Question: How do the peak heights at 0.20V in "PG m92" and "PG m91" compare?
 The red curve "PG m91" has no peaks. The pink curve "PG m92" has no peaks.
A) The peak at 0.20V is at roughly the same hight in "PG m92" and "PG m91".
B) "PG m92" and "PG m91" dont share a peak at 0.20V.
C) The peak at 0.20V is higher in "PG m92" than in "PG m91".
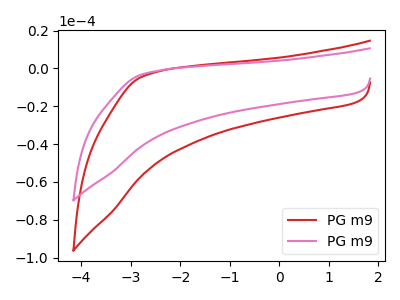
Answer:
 <answer>B) "PG m92" and "PG m91" dont share a peak at 0.20V.</answer>
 <eval>B</eval>